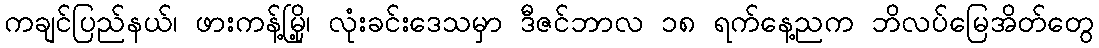
ကချင်ပြည်နယ်၊ ဖားကန့်မြို့၊ လုံးခင်းဒေသမှာ ဒီဇင်ဘာလ ၁၈ ရက်နေ့ညက ဘိလပ်မြေအိတ်တွေ